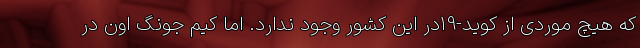
که هیچ موردی از کوید-19در این کشور وجود ندارد. اما کیم جونگ اون در